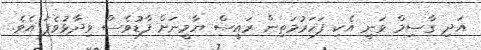
އަދި ގާސިމް ވަނީ އެކި ފަހަރުމަތިން ރައީސް ޔާމީނަށް ފާޑުވެސް ވިދާޅުވެފަ އެވެ.